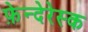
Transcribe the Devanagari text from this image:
फ़ेन्देरेस्क